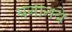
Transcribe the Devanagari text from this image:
बनानये